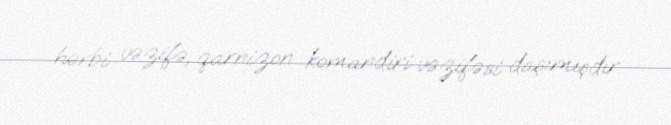
hərbi vəzifə, qarnizon komandiri vəzifəsi daşımışdır.